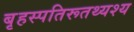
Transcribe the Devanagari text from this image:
बृहस्पतिरूतथ्यश्य